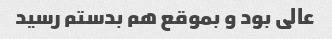
عالی بود و بموقع هم بدستم رسید